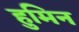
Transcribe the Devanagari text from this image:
हुमिन